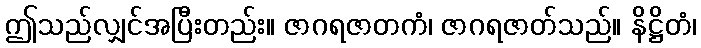
ဤသည်လျှင်အပြီးတည်း။ ဇာဂရဇာတကံ၊ ဇာဂရဇာတ်သည်။ နိဋ္ဌိတံ၊